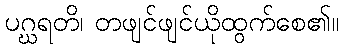
ပဂ္ဃရတိ၊ တဖျင်ဖျင်ယိုထွက်စေ၏။